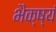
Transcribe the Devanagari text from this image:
भैक्ष्यं